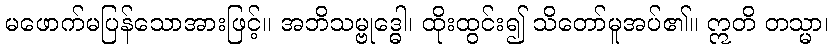
မဖောက်မပြန်သောအားဖြင့်။ အဘိသမ္ဗုဒ္ဓေါ၊ ထိုးထွင်း၍ သိတော်မူအပ်၏။ ဣတိ တသ္မာ၊